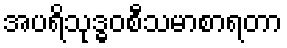
အပရိသုဒ္ဓဝစီသမာစာရတာ